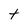
Character: t